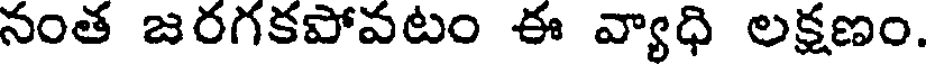
నంత జరగకపోవటం ఈ వ్యాధి లక్షణం.